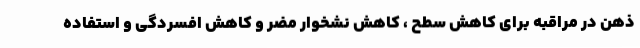
ذهن در مراقبه برای کاهش سطح ، کاهش نشخوار مضر و کاهش افسردگی و استفاده